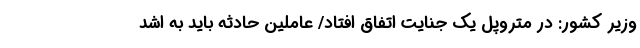
وزیر کشور: در متروپل یک جنایت اتفاق افتاد/ عاملین حادثه باید به اشد